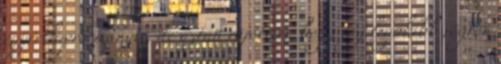
egyértlapra irányít, de aztán rájöttem, hogy így legalább rögtön